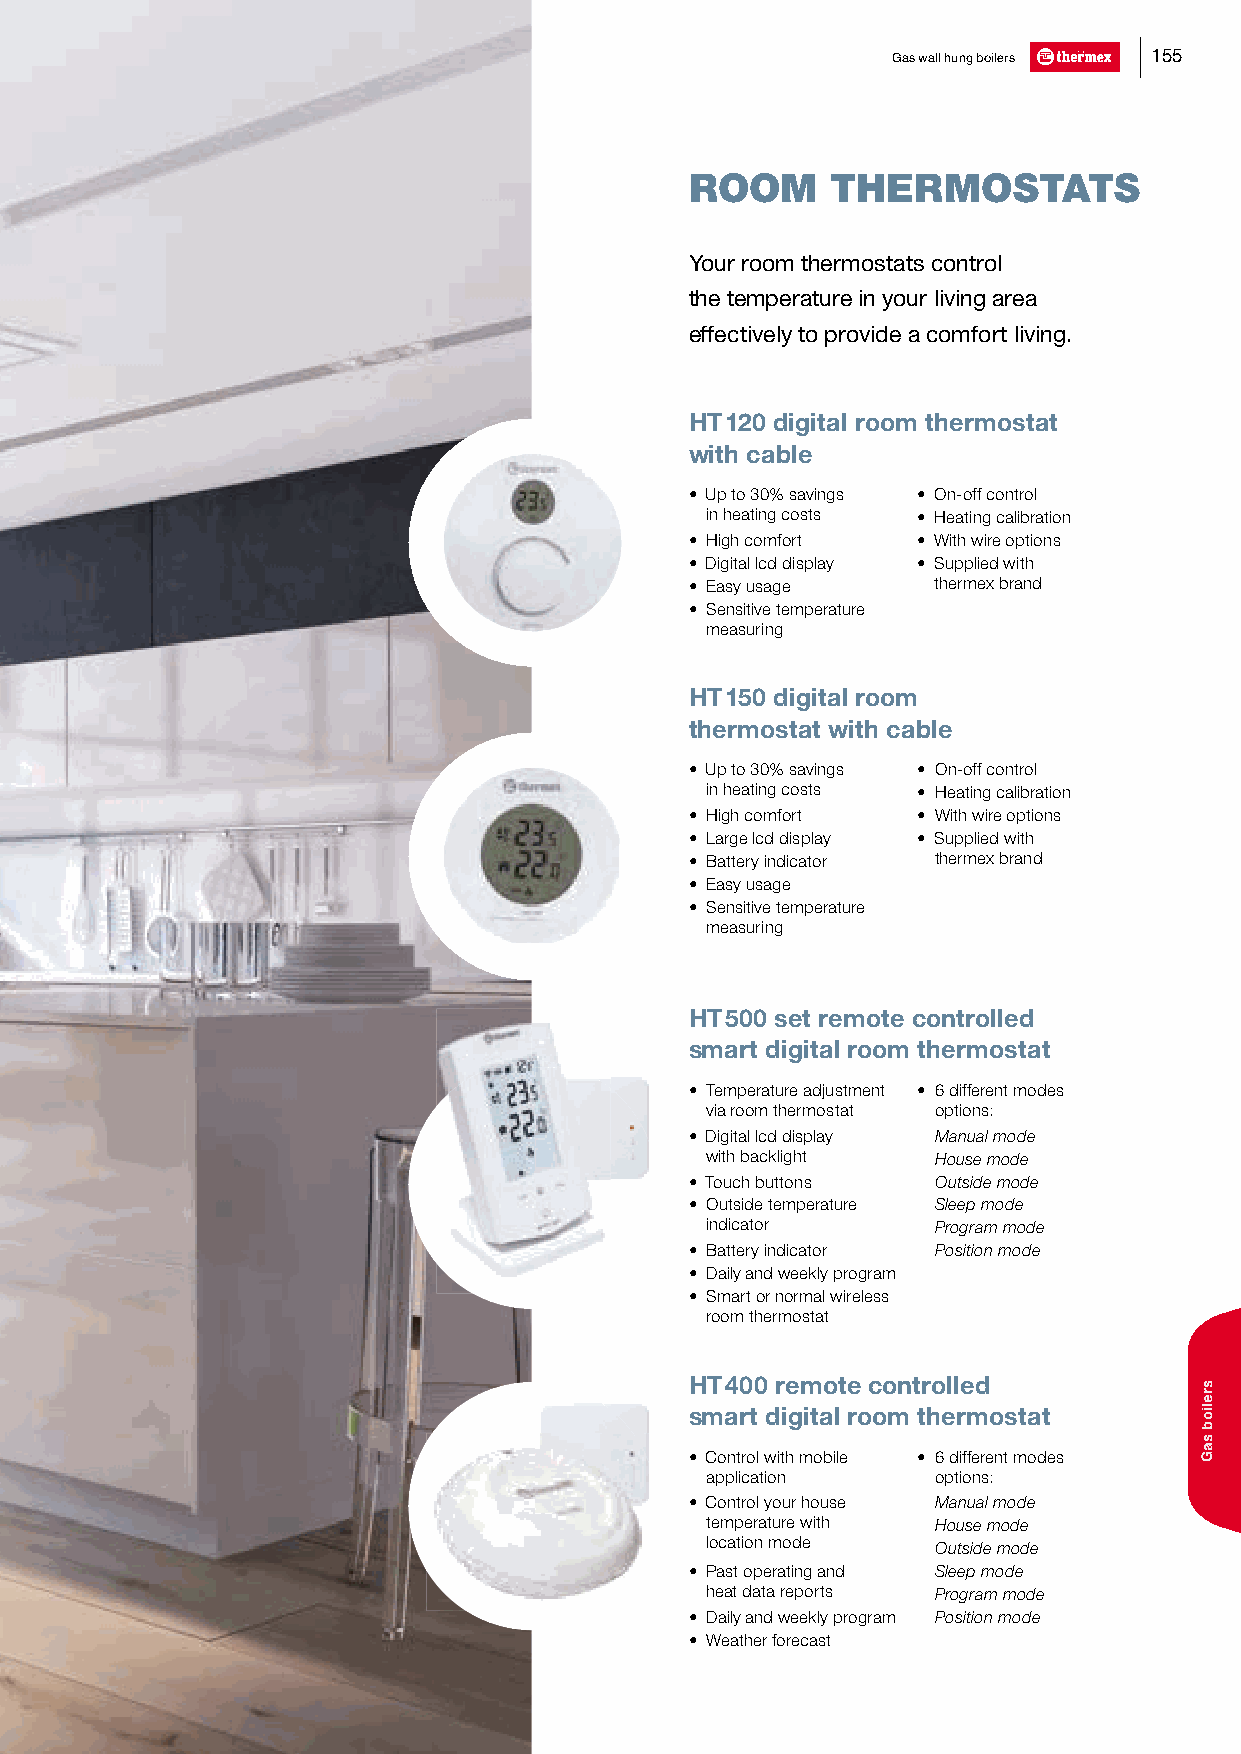
Gas wall hung boilers 155
 ROOM     THERMOSTATS
 Your room thermostats control
 the temperature in your living area
 effectively to provide a comfort living.
 HT 120 digital room thermostat
 with cable
 • Up to 30% savings • On-off control
 in heating costs • Heating calibration
 • High comfort • With wire options
 • Digital lcd display • Supplied with
 • Easy usage    thermex brand
 • Sensitive temperature
 measuring
 HT 150 digital room
 thermostat with cable
 • Up to 30% savings • On-off control
 in heating costs • Heating calibration
 • High comfort • With wire options
 • Large lcd display • Supplied with
 • Battery indicator thermex brand
 • Easy usage
 • Sensitive temperature
 measuring
 HT 500 set remote controlled
 smart digital room thermostat
 • Temperature adjustment • 6 different modes
 via room thermostat options:
 • Digital lcd display Manual mode
 with backlight House mode
 • Touch buttons Outside mode
 • Outside temperature Sleep mode
 indicator      Program mode
 • Battery indicator Position mode
 • Daily and weekly program
 • Smart or normal wireless
 room thermostat
 HT 400 remote controlled
 smart digital room thermostat
 • Control with mobile • 6 different modes
 application    options:
 • Control your house Manual mode
 temperature with House mode
 location mode  Outside mode
 • Past operating and Sleep mode
 heat data reports Program mode
 • Daily and weekly program Position mode
 • Weather forecast
 sreliob
 saG